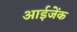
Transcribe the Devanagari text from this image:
आईजेंक